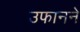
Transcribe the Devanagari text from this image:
उफानने